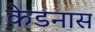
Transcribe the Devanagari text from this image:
केडनास